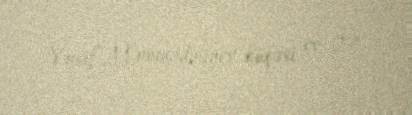
Yusif Məmmədəliyev küçəsi, ev 27